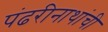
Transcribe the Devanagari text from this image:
पंढरीनाथांची